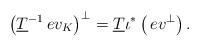
LaTeX: \begin{align*}\left(\underline{T}^{-1}\,ev_K\right)^{\bot}=\underline{T}\iota^{\ast}\left(\,ev^{\bot}\right). \end{align*}